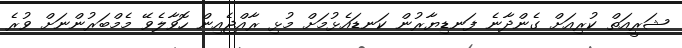
ޝަރީއަތް ކުރިއަށް ގެންދާނެ ފަނޑިޔާރުން ކަނޑައެޅުމަށް މުޅި ރާއްޖެއިން ހޮވާލެވޭ މެމްބަރުންނަށް ވުރެ